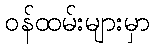
ဝန်ထမ်းများမှာ